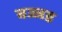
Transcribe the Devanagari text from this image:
वज्जड